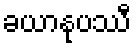
ခယာနုပဿီ